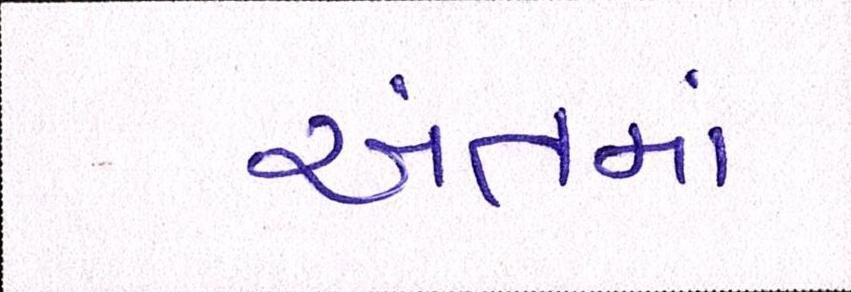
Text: અંતમાં